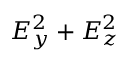
{ E _ { y } ^ { 2 } + E _ { z } ^ { 2 } }